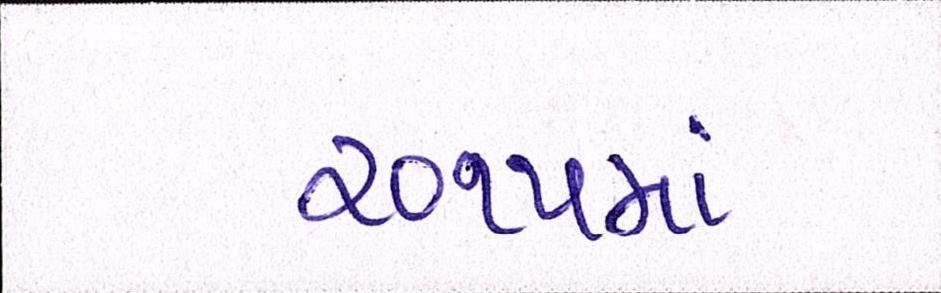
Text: ૨૦૧૫માં